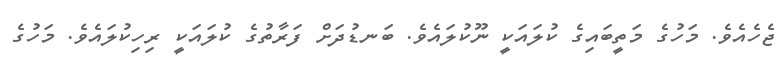
ޖެހެއެވެ. މަހުގެ މަތީބައިގެ ކުލައަކީ ނޫކުލައެވެ. ބަނޑުދަށް ފަރާތުގެ ކުލައަކީ ރިހިކުލައެވެ. މަހުގެ